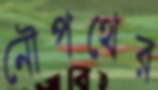
নৌপথের